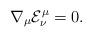
LaTeX: \begin{align*}{\nabla_\mu}{{\mathcal{E}}^\mu_\nu}=0.\end{align*}